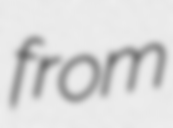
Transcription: from